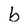
Character: b